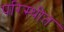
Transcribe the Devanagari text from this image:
परिस्थीत